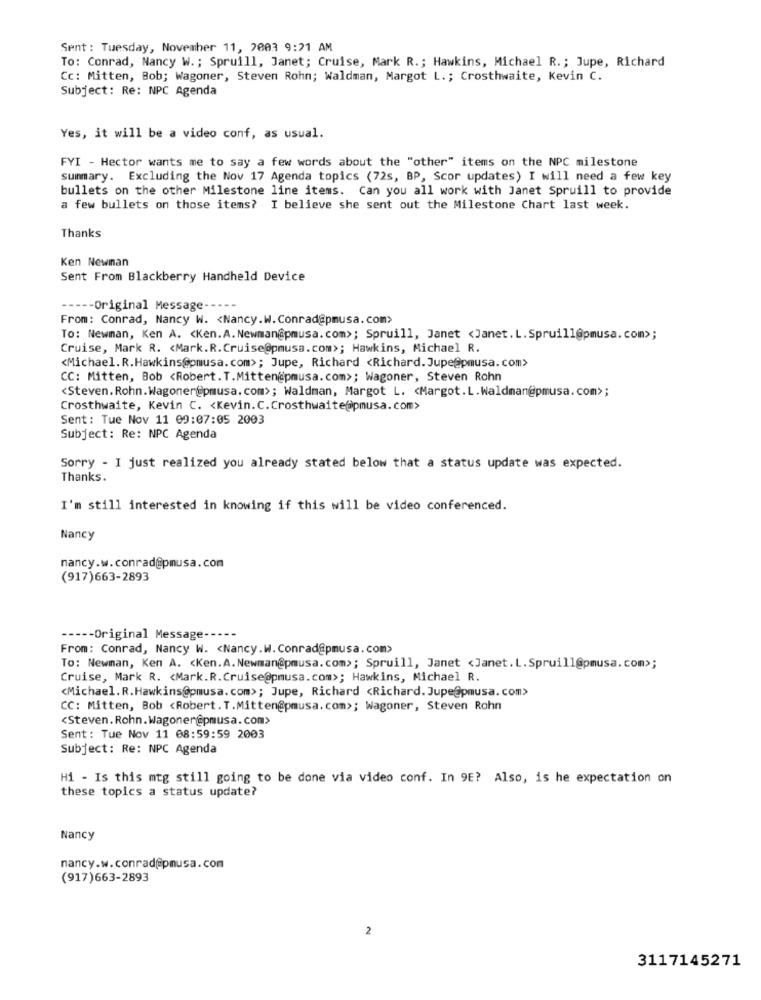
Sent : Tuesday, November 11, 2003 9:21 AM
To: Conrad, Nancy W .; Spruill, Janet; Cruise, Mark R .; Hawkins, Michael R .; Jupe, Richard
Cc: Mitten, Bob; Wagoner, Steven Rohn; Waldman, Margot L .; Crosthwaite, Kevin C.
Subject: Re: NPC Agenda
Yes, it will be a video conf, as usual.
FYI - Hector wants me to say a few words about the "other" items on the NPC milestone
summary. Excluding the Nov 17 Agenda topics (72s, BP, Scor updates) I will need a few key
bullets on the other Milestone line items. Can you all work with Janet Spruill to provide
a few bullets on those items? I believe she sent out the Milestone Chart last week.
Thanks
Ken Newman
Sent From Blackberry Handheld Device
-Original Message
From: Conrad, Nancy W. < Nancy.W. Conrad@pmusa.com>
To: Newman, Ken A. < Ken.A. Newman@pmusa.com>; Spruill, Janet <Janet. L.Spruill@pmusa.com>;
Cruise, Mark R. < Mark.R.Cruise@pmusa.com>; Hawkins, Michael R.
<Michael. R.Hawkins@pmusa.com>; Jupe, Richard <Richard. Jupe@pmusa.com>
CC: Mitten, Bob <Robert. T.Mitten@pmusa.com>; Wagoner, Steven Rohn
<Steven.Rohn.Wagoner@pmusa.com>; Waldman, Margot L. < Margot. L. Waldman@pmusa. com>;
Crosthwaite, Kevin C. < Kevin.C.Crosthwaite@apmusa.com>
Sent: Tue Nov 11 09:07:05 2003
Subject: Re: NPC Agenda
Sorry - I just realized you already stated below that a status update was expected.
Thanks.
I'm still interested in knowing if this will be video conferenced.
Nancy
nancy.w.conrad@pmusa.com
(917)663-2893
----- Original Message-
From: Conrad, Nancy W. < Nancy.W. Conrad@pmusa.com>
To: Newman, Ken A. < Ken.A. Newman@pmusa.com>; Spruill, Janet <Janet. L. Spruill@pmusa.com>;
Cruise, Mark R. < Mark.R.Cruise@pmusa.com>; Hawkins, Michael R.
<Michael. R. Hawkins@pmusa.com>; Jupe, Richard <Richard. Jupe@pmusa.com>
CC: Mitten, Bob <Robert. T.Mitten@pmusa.com>; Wagoner, Steven Rohn
<Steven. Rohn.Wagoner@pmusa.com>
Sent: Tue Nov 11 08:59:59 2003
Subject: Re: NPC Agenda
Hi - Is this mtg still going to be done via video conf. In 9E? Also, is he expectation on
these topics a status update?
Nancy
nancy.w.conrad@pnusa.com
(917)663-2893
2
3117145271